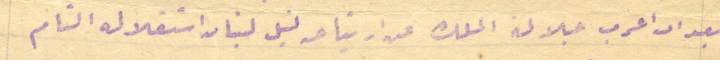
بعد ان اعرب جلالة الملك عن ارتياحه لنيل لبنان استقلاله التام